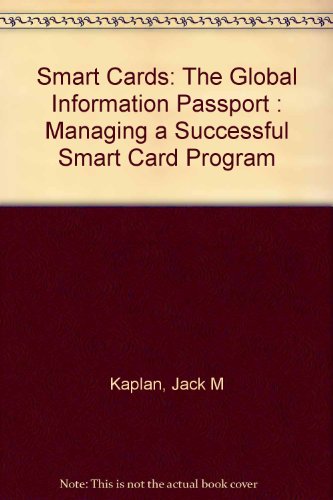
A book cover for Smart Cards: The Global Information Passport : Managing a Successful Smart Card Program; Jack M. Kaplan; Computers & Technology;